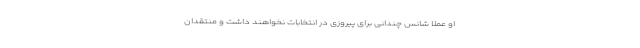
او عملا شانس چندانی برای پیروزی در انتخابات نخواهند داشت و منتقدان